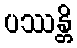
ပဿန္တိ